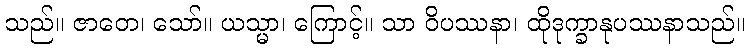
သည်။ ဇာတေ၊ သော်။ ယသ္မာ၊ ကြောင့်။ သာ ဝိပဿနာ၊ ထိုဒုက္ခာနုပဿနာသည်။